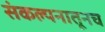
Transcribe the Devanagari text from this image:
संकल्पनातूनच